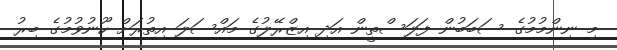
މި ނިންމުމުގެ ސަބަބުން ފަލަސްތީން އަދި އިޒްރޭލުގެ މައްސަލަ އިތުރަށް ހޫނުވުމުގެ ބިރު